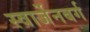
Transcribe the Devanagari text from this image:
स्वार्जेनबर्ग